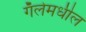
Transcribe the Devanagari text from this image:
गॅलेमधील